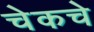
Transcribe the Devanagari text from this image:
चेकचे